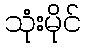
သုံးမိုင်